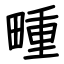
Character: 畽